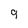
Character: 9